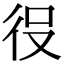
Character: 𭛠